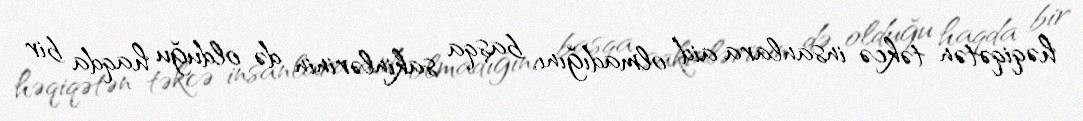
həqiqətən təkcə insanlara aid olmadığını, başqa sakinlərinin də olduğu haqda bir